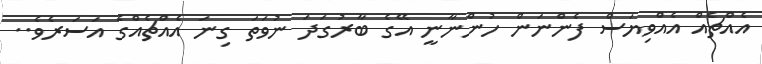
އެއްޗެއް އެއްވިޔަސް ފެންނަން ހުންނާނީ އޭގެ ބާރުގަދަ ނުވަތަ ގިނަ އެއްޗެއްގެ އަސަރެވެ..